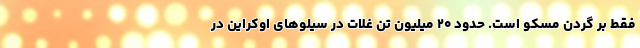
فقط بر گردن مسکو است. حدود ۲۰ میلیون تن غلات در سیلوهای اوکراین در